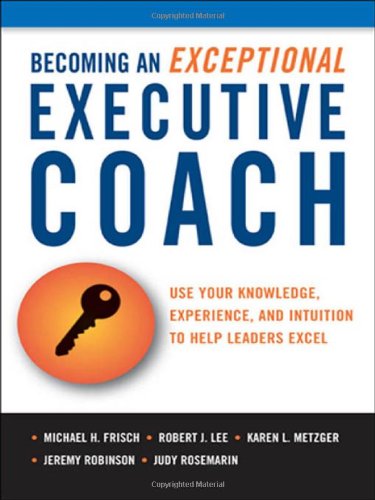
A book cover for Becoming an Exceptional Executive Coach: Use Your Knowledge, Experience, and Intuition to Help Leaders Excel; Michael H. Frisch; Business & Money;